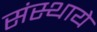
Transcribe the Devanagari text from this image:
संस्थाये